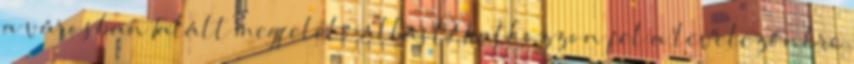
a városban Talált megfelelő állást? Iratkozzon fel a levelezőnkre